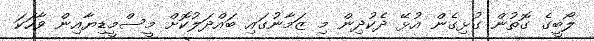
ލޯބީގެ ގޮތުން ގުޅިގެން އުޅޭ ދެކުދިން މި ޒަމާނުގައި ބައްދަލުކޮށް މީސްމީޑިޔާއިން ވާހަކަ